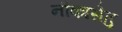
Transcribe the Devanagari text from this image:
नौकासेतु